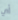
أي